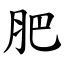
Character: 肥